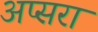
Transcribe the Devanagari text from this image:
अप्‍सरा